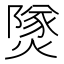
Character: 𤎩